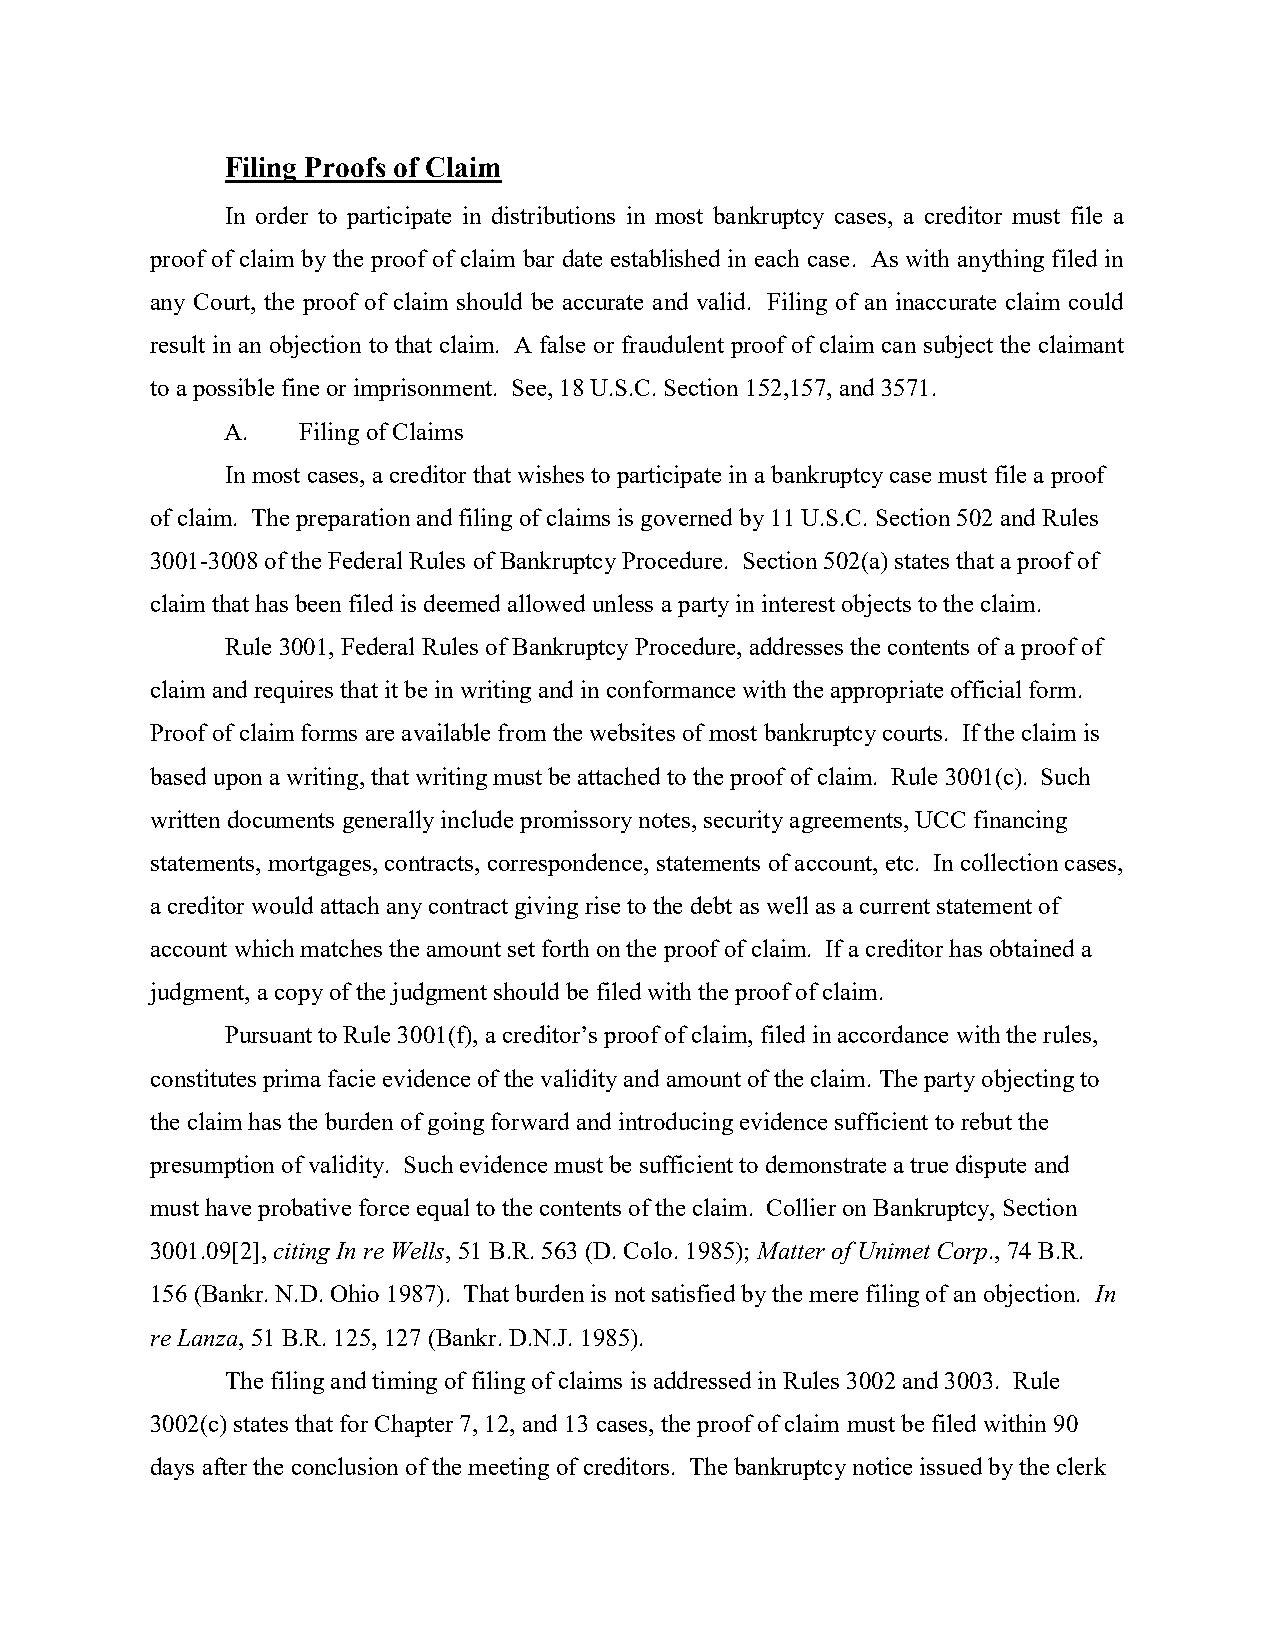
Filing Proofs of Claim
 In order to participate in distributions in most bankruptcy cases, a creditor must file a
 proof of claim by the proof of claim bar date established in each case. As with anything filed in
 any Court, the proof of claim should be accurate and valid. Filing of an inaccurate claim could
 result in an objection to that claim. A false or fraudulent proof of claim can subject the claimant
 to a possible fine or imprisonment. See, 18 U.S.C. Section 152,157, and 3571.
 A.   Filing of Claims
 In most cases, a creditor that wishes to participate in a bankruptcy case must file a proof
 of claim. The preparation and filing of claims is governed by 11 U.S.C. Section 502 and Rules
 3001-3008 of the Federal Rules of Bankruptcy Procedure. Section 502(a) states that a proof of
 claim that has been filed is deemed allowed unless a party in interest objects to the claim.
 Rule 3001, Federal Rules of Bankruptcy Procedure, addresses the contents of a proof of
 claim and requires that it be in writing and in conformance with the appropriate official form.
 Proof of claim forms are available from the websites of most bankruptcy courts. If the claim is
 based upon a writing, that writing must be attached to the proof of claim. Rule 3001(c). Such
 written documents generally include promissory notes, security agreements, UCC financing
 statements, mortgages, contracts, correspondence, statements of account, etc. In collection cases,
 a creditor would attach any contract giving rise to the debt as well as a current statement of
 account which matches the amount set forth on the proof of claim. If a creditor has obtained a
 judgment, a copy of the judgment should be filed with the proof of claim.
 Pursuant to Rule 3001(f), a creditor’s proof of claim, filed in accordance with the rules,
 constitutes prima facie evidence of the validity and amount of the claim. The party objecting to
 the claim has the burden of going forward and introducing evidence sufficient to rebut the
 presumption of validity. Such evidence must be sufficient to demonstrate a true dispute and
 must have probative force equal to the contents of the claim. Collier on Bankruptcy, Section
 3001.09[2], citing In re Wells, 51 B.R. 563 (D. Colo. 1985); Matter of Unimet Corp., 74 B.R.
 156 (Bankr. N.D. Ohio 1987). That burden is not satisfied by the mere filing of an objection. In
 re Lanza, 51 B.R. 125, 127 (Bankr. D.N.J. 1985).
 The filing and timing of filing of claims is addressed in Rules 3002 and 3003. Rule
 3002(c) states that for Chapter 7, 12, and 13 cases, the proof of claim must be filed within 90
 days after the conclusion of the meeting of creditors. The bankruptcy notice issued by the clerk